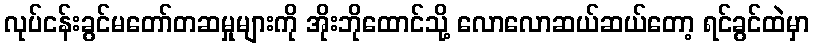
လုပ်ငန်းခွင်မတော်တဆမှုများကို အိုးဘိုထောင်သို့ လောလောဆယ်ဆယ်တော့ ရင်ခွင်ထဲမှာ